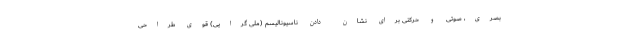
بصری، صوتی و حرکتی برای نشان دادن ناسیونالیسم (ملی گرایی) قوی طراحی